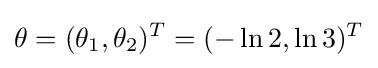
\theta =(\theta _{1},\theta _{2})^{T}=(-\ln 2,\ln 3)^{T}